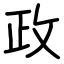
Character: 政